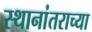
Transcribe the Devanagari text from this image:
स्थानांतराच्या